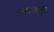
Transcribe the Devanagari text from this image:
न्हावकी